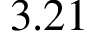
3 . 2 1